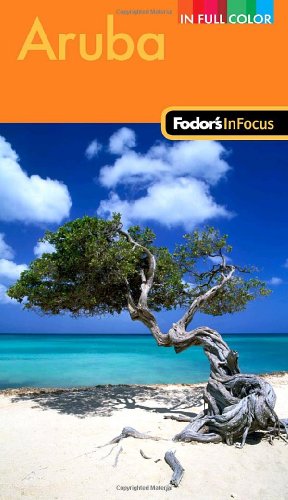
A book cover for Fodor's In Focus Aruba, 2nd Edition (Travel Guide); Fodor's; Travel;